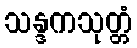
သန္ဒကသုတ္တံ